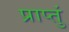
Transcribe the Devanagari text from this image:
प्राप्तुं